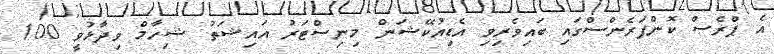
އެ ޕްރެސް ކޮންފަރެންސްގައި ބައިވެރިވި އެޑިއުކޭޝަން މިނިސްޓަރު އައިޝަތު ޝިހާމް ވިދާޅުވީ 100